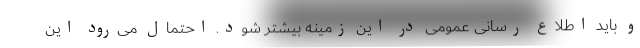
و باید اطلاع رسانی عمومی در این زمینه بیشتر شود. احتمال می‌رود این